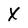
Character: X